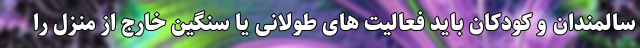
سالمندان و کودکان باید فعالیت های طولانی یا سنگین خارج از منزل را